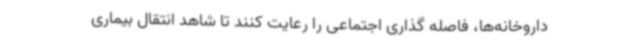
داروخانه‌ها، فاصله گذاری اجتماعی را رعایت کنند تا شاهد انتقال بیماری